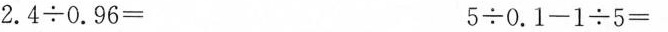
2.$$4\div0.96=$$ $$5\div0.1-1\div5=$$